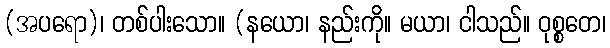
(အပရော)၊ တစ်ပါးသော။ (နယော၊ နည်းကို။ မယာ၊ ငါသည်။ ဝုစ္စတေ၊